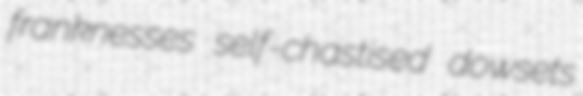
franknesses self-chastised dowsets